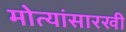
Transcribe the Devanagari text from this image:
मोत्यांसारखी